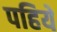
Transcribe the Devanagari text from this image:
पहियें